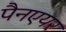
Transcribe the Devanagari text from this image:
पैनएयर